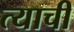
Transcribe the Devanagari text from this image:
त्‍याची